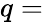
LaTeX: q=